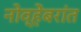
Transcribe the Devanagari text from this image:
नोव्हेंबरांत